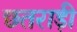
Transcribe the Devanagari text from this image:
छतराड़ी